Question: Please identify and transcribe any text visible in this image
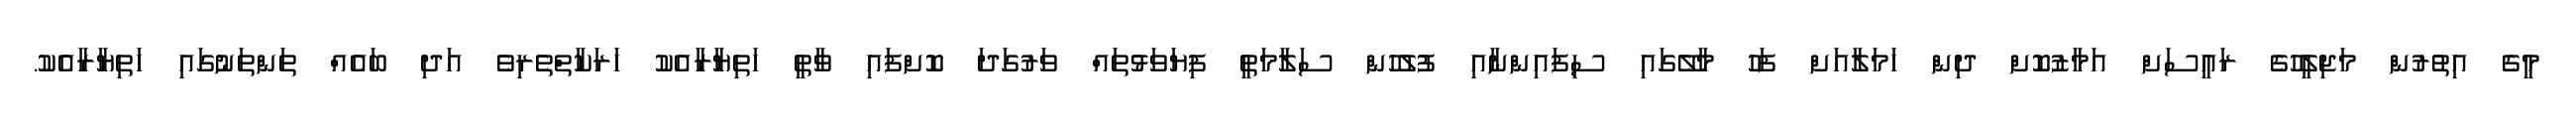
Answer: މީގެ އިތުރުން މަޖިލީހުގެ ރައީސަށް އަމާޒުކޮށް ދިން ހަމަލާއަށް ފަހު މާލޭގައި ސިފައިންނާއި ފުލުހުން ސަލާމަތީ ފިޔަވަޅުތައް ވަރުގަދަ ކޮށްފައި ވާތީ ހަތިޔާރާއެކު ހަރަކާތްތެރިވެ އަދި ބައެއް ތަންތަނުގައި ހަތިޔާރާއެކު.